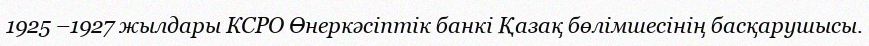
1925 –1927 жылдары КСРО Өнеркәсіптік банкі Қазақ бөлімшесінің басқарушысы.